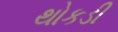
થોકડી